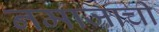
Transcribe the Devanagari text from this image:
नमाजाची